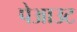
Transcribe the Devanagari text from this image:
पेआउट